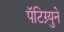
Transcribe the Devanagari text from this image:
पॅटिग्र्युने